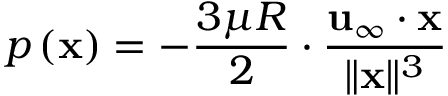
p \left( \mathbf { x } \right) = - { \frac { 3 \mu R } { 2 } } \cdot { \frac { \mathbf { u } _ { \infty } \cdot \mathbf { x } } { \| \mathbf { x } \| ^ { 3 } } }